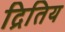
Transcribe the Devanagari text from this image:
द्रितिय